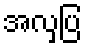
အလှပြ